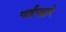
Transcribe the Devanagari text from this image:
पाईपद्वारे